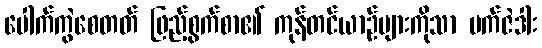
ပေါက်ကွဲစေတတ် ဖြည့်စွက်စာ၏ ကုန်တင်ယာဉ်များကိုသာ မက်ဇဲဒါး